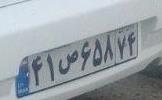
۴۱ص۶۵۸۷۴